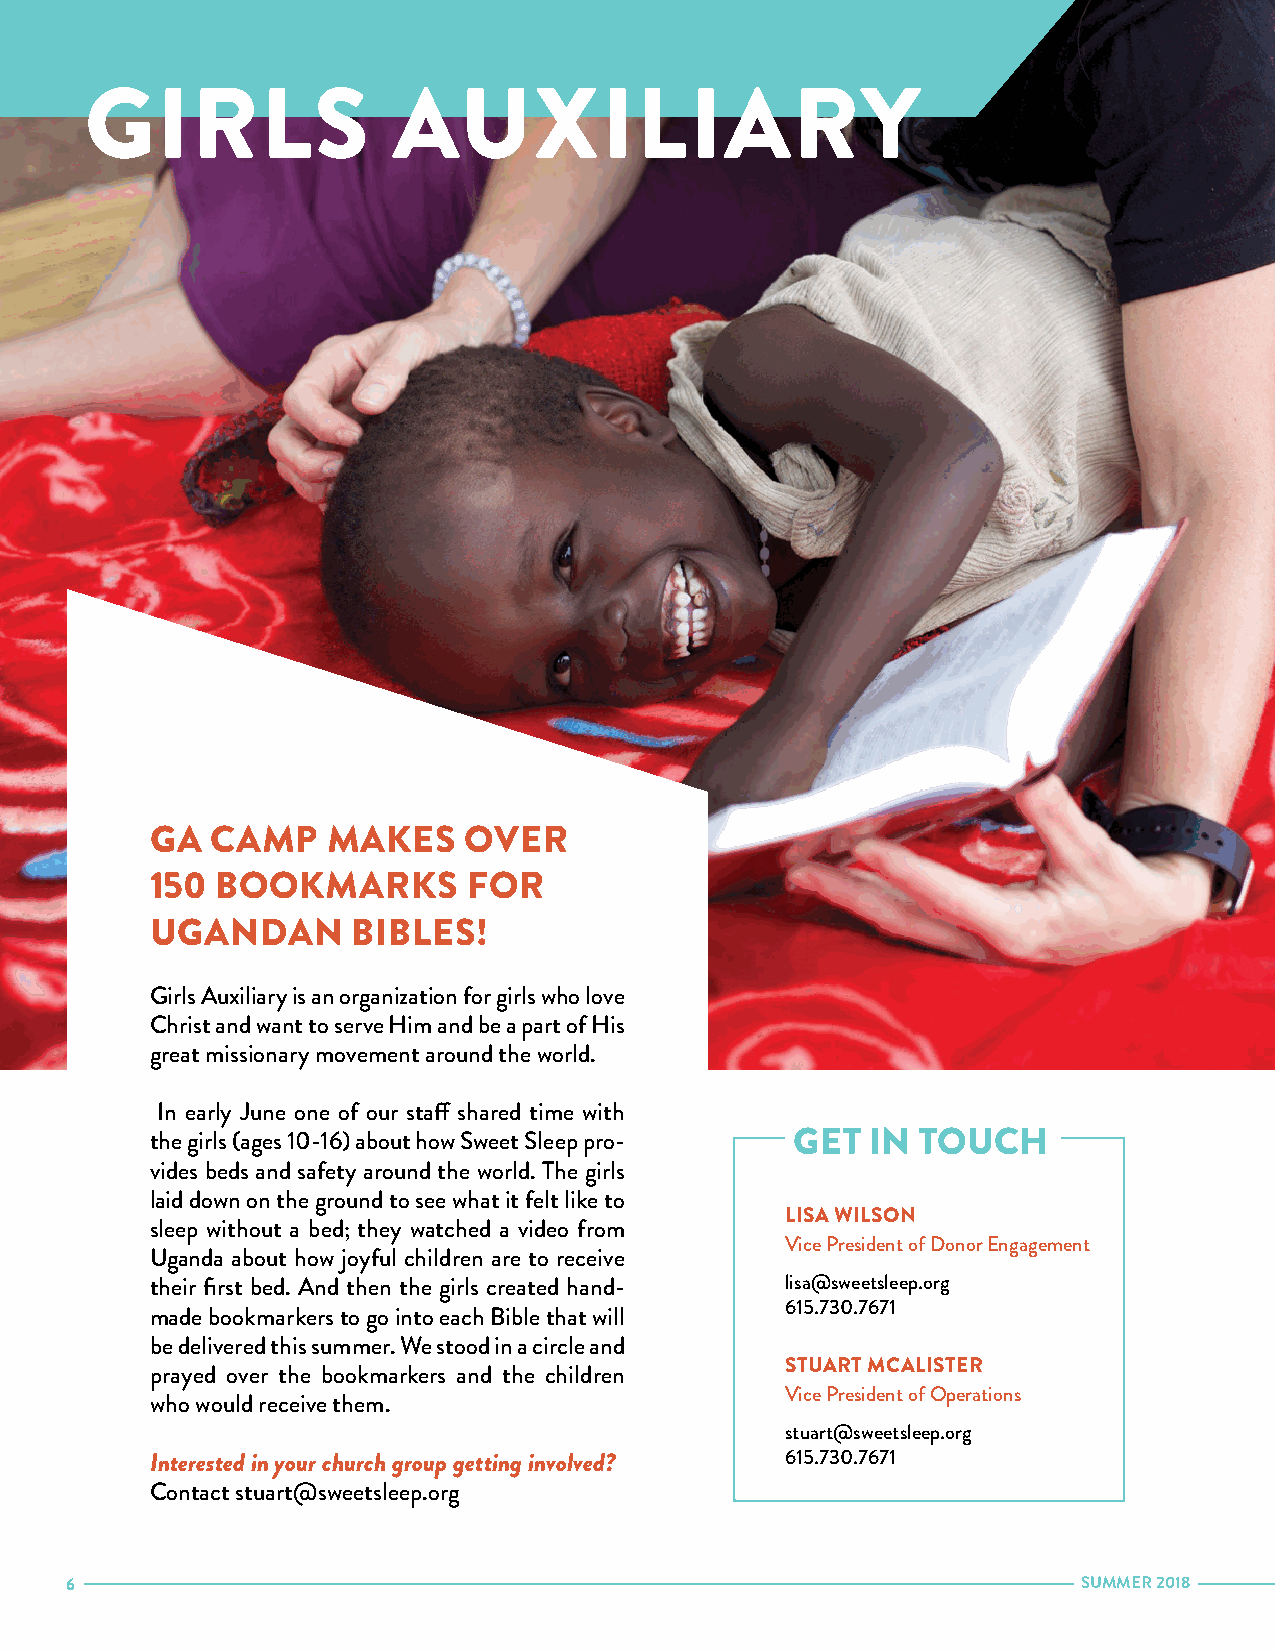
GIRLS               AUXILIARY
 GA  CAMP    MAKES    OVER
 150 BOOKMARKS        FOR
 UGANDAN      BIBLES!
 Girls Auxiliary is an organization for girls who love
 Christ and want to serve Him and be a part of His
 great missionary movement around the world.
 In early June one of our staff shared time with
 the girls (ages 10-16) about how Sweet Sleep pro- GET IN TOUCH
 vides beds and safety around the world. The girls
 laid down on the ground to see what it felt like to
 LISA WILSON
 sleep without a bed; they watched a video from
 Vice President of Donor Engagement
 Uganda about how joyful children are to receive
 their first bed. And then the girls created hand- lisa@sweetsleep.org
 615.730.7671
 made bookmarkers to go into each Bible that will
 be delivered this summer. We stood in a circle and
 STUART MCALISTER
 prayed over the bookmarkers and the children
 Vice President of Operations
 who would receive them.
 stuart@sweetsleep.org
 Interested in your church group getting involved? 615.730.7671
 Contact stuart@sweetsleep.org
 6                                                                   SUMMER 2018